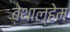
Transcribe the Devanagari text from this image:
बेथाल्हेम